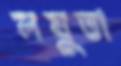
লঘুতা